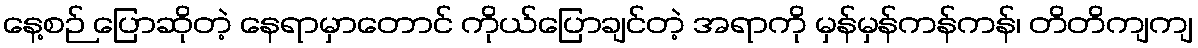
နေ့စဉ် ပြောဆိုတဲ့ နေရာမှာတောင် ကိုယ်ပြောချင်တဲ့ အရာကို မှန်မှန်ကန်ကန်၊ တိတိကျကျ